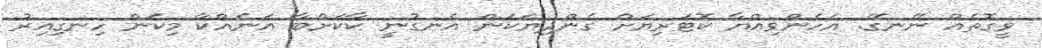
ވީގޮތެއް ނޭނގޭ. އެހެންވިއްޔާ ކޮޓަރިޔަށް ގެންދިޔަކަން އެނގުނީ ކާކަށްބާ އަނެއްކާ މިކަން ހިނގިއިރު